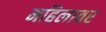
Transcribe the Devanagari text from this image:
महिलावर